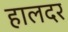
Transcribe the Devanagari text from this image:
हालदर